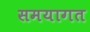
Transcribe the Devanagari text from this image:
समयागत